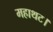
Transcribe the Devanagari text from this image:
महाथट।